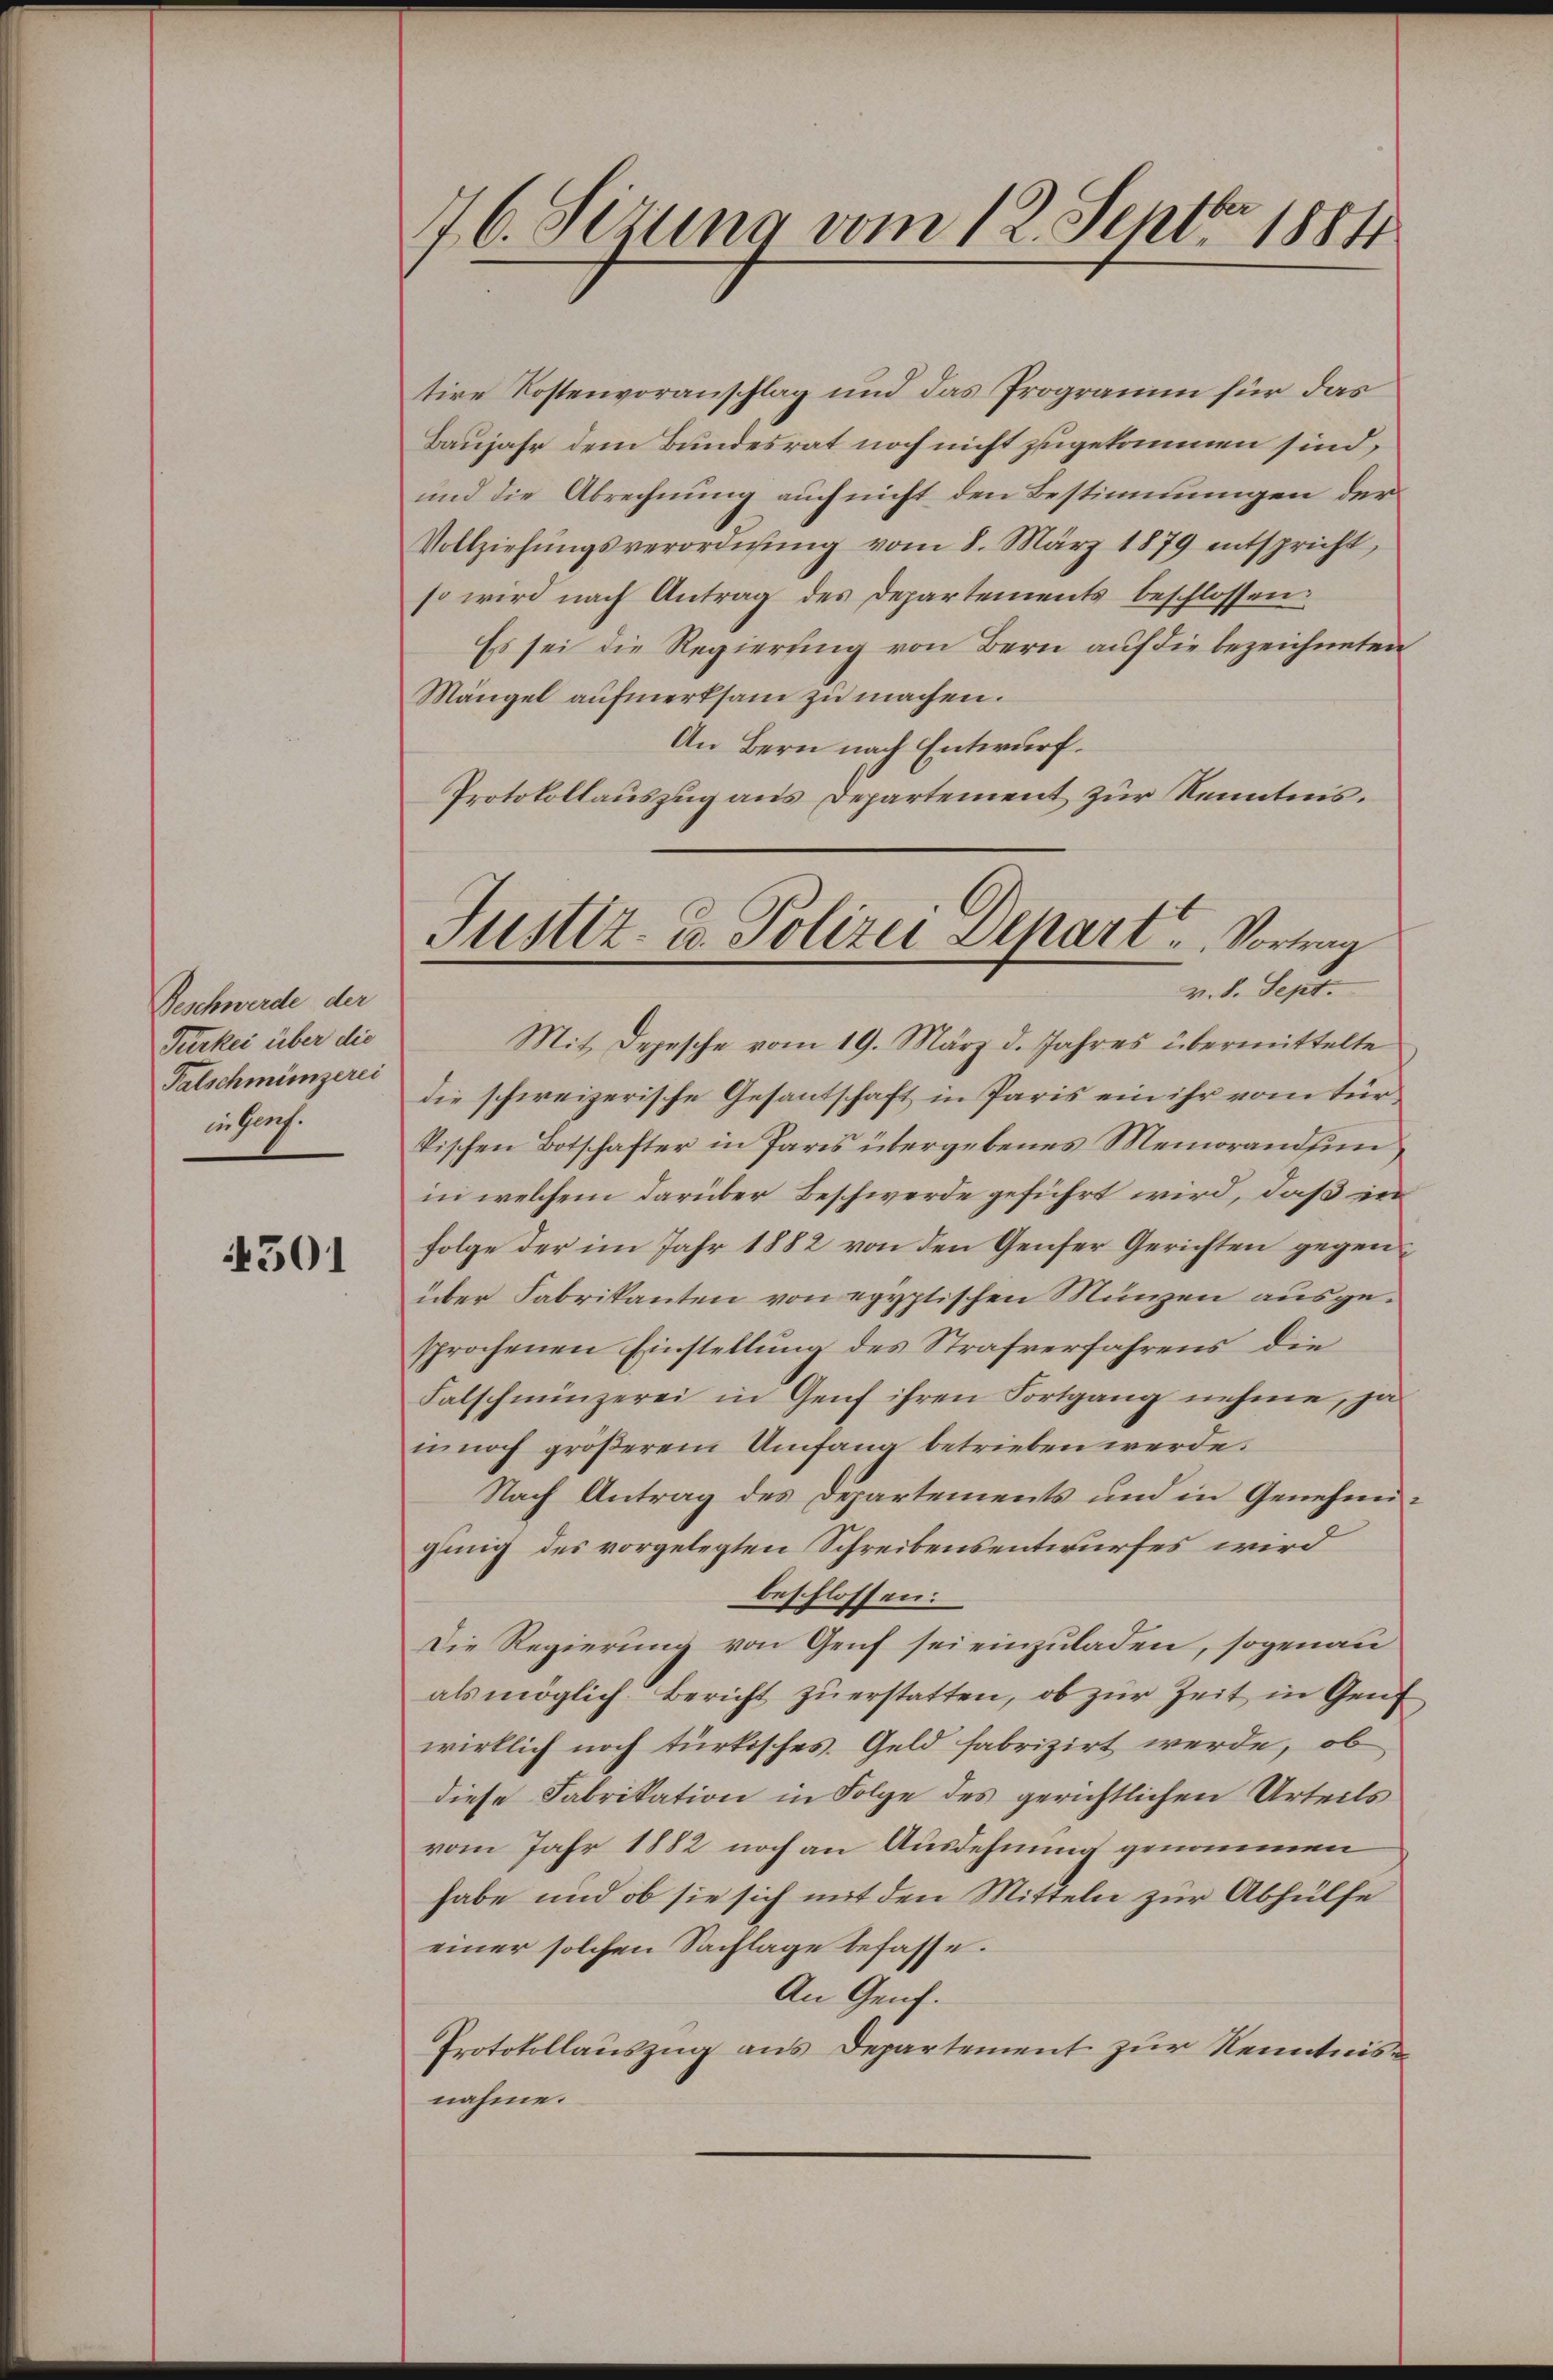
Beschwerde der
Türkei über die
Falschmünzerei
infach.

4501

76. Sizung vom 12. Septbr 1884

tire Kostenvoranschlag und das Programm für das
Baujahr dem Bundesrat noch nicht zugekommen sind,
und die Abrechnung auch nicht den Bestimmungen der
Vollziehŭngsverordnŭng vom 8. März 1879 entspricht,
so wird nach Antrag des Departements beschlossen:
Es sei die Regierung von Bern auf die bezeichneten
Mängel aufmerksam zu machen.
An Bern nach Entwurf.
Protokollauszug aus Departement zur Kenntnis.

Mit Depesche vom 19. März d. Jahres übermittelte
die schweizerische Gesantschaft in Paris ein ihr vom Fürkischen Botschafter in Paris übergebenes Memorandfunin welchem darüber Beschwerde geführt wird, daß in
Folge der im Jahr 1882 von den Genfer Gerichten gegenüber Fabrikanten von egyptischen Münzen ausgesprochenen Einstellung des Strafverfahrens die
Falschmünzerei in Genf ihren Fortgang nehme, ja
innoch größerem Umfang betrieben werde.
Nach Antrag des Departements und in Genehmiging des vorgelegten Schreibensentwurfes wird
beschlossen:
Die Regierung von Genf sei einzuladen, sogenau
als möglich Bericht zŭ erstatten, ob zŭr Zeit in Genf
wirklich noch türkisches. Geld fabrizirt werde, ob
diese Fabrikation in Folge des gerichtlichen Urteils
vom Jahr 1882 noch an Ausdehnung genommen
habe und ob sie sich mit den Mitteln zur Abhülfe
einer solchen Sachlage befasse.
An Genf.
Protokollauszug aus Departement zur Kenntnisnahme.

Justiz- u. Polizei Depart . . . Vortrag
v. d. Sept.